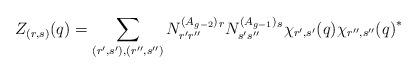
LaTeX: \begin{align*}Z_{(r,s)}(q)=\sum_{(r',s'),(r'',s'')} N^{(A_{g-2})}_{r'r''}{}^r N^{(A_{g-1})}_{s's''}{}^s\chi_{r',s'}(q){\chi_{r'',s''}(q)}^*\end{align*}